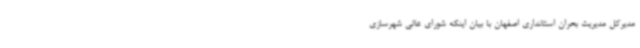
مدیرکل مدیریت بحران استانداری اصفهان با بیان اینکه شورای عالی شهرسازی